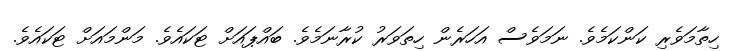
ހިތާމަވެރި ކަންކަމެވެ. ނަމަވެސް އަހަރެން ހިތަވަރު ކުރާނަމެވެ. ބައްޕައަށް ޓަކައެވެ. މަންމައަށް ޓަކައެވެ.